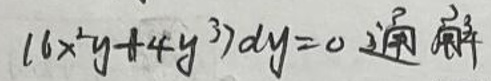
\((6x^{2}y + 4y^{3})dy = 0\) 通解